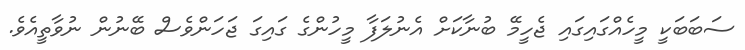
ސަބަބަކީ މީހެއްގައިގައި ޖެހީމޭ ބުނާކަށް އެނުލަފާ މީހުންގެ ގައިގަ ޖަހަންވެސް ބޭނުން ނުވާތީއެވެ.